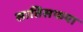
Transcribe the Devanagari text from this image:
सातिसफया